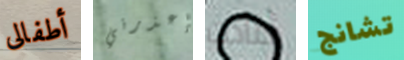
أطفالى إعذرني أعادت تشانج